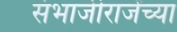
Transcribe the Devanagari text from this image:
संभाजीराजेंच्या